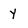
Character: y